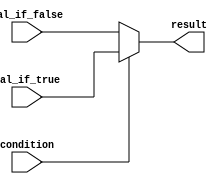
module conditional_operator (
    input wire condition,
    input wire val_if_true,
    input wire val_if_false,
    output reg result
);

always @* begin
    result = condition ? val_if_true : val_if_false;
end

endmodule